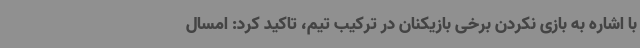
با اشاره به بازی نکردن برخی بازیکنان در ترکیب تیم، تاکید کرد: امسال